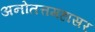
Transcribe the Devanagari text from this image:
अनोतत्तमहासर